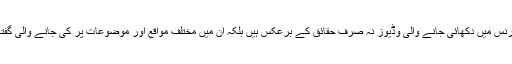
مثلاً اپنی پریس ریلیز میں وہ خود لکھتے ہیں کہ ”مریم صفدر صاحبہ کی پریس کانفرنس میں دکھائی جانے والی وڈیوز نہ صرف حقائق کے برعکس ہیں بلکہ ان میں مختلف مواقع اور موضوعات پر کی جانے والی گفتگو کو توڑ مروڑ کر سیاق و سباق سے ہٹ کر پیش کرنے کی کوشش کی گئی ہے“۔